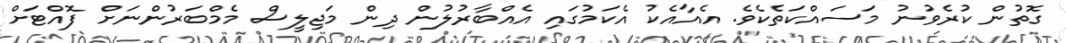
ގޮތުން ކުރެވުނު މަސައްކަތެކެވެ. އެއާއެކު އެކަމުގައި އެއްބާރުލުން ދިން މަޖިލީސް މެމްބަރުންނަށް ފޮއްޓަށް